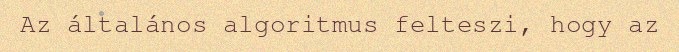
Az általános algoritmus felteszi, hogy az